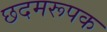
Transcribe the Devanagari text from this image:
छदमरूपक